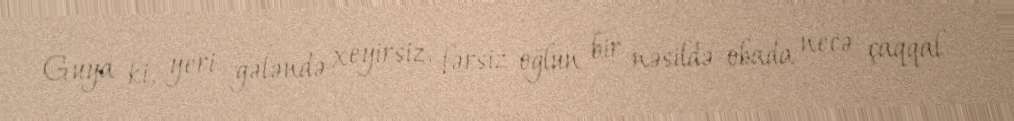
Guya ki, yeri gələndə xeyirsiz, fərsiz oğlun bir nəsildə-obada necə çaqqal